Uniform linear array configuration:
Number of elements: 4
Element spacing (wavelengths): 0.75
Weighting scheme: binomial
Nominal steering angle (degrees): -60
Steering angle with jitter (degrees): -59.848
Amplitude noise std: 0.05
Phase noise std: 0.05

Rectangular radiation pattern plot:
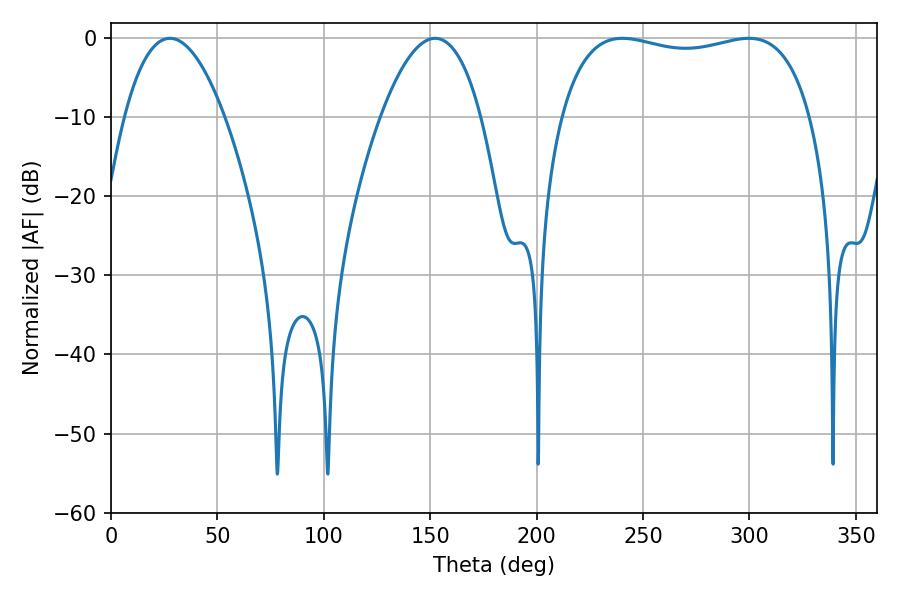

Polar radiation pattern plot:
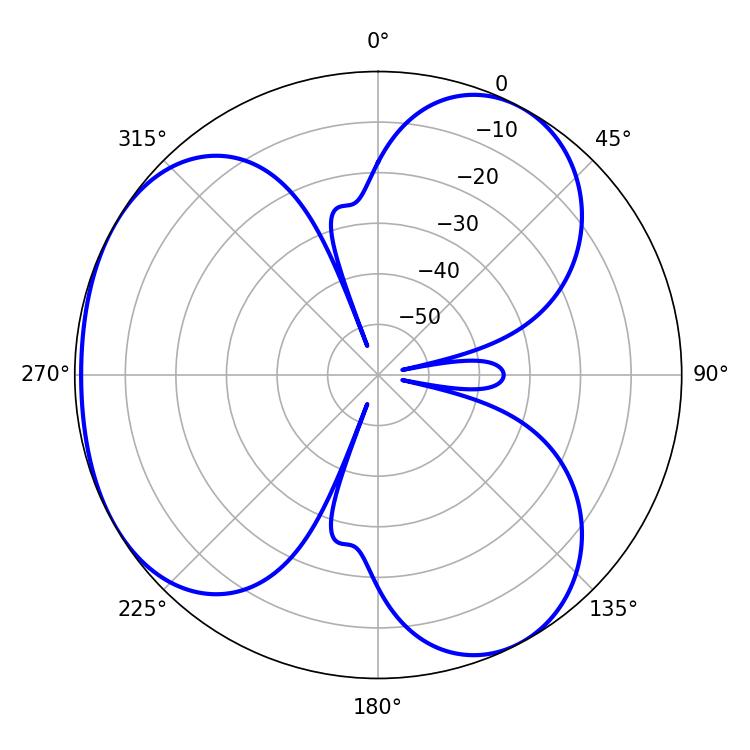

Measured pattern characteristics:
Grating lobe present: TRUE
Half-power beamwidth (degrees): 95.4
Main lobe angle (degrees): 240.3